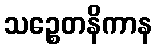
သဉ္စေတနိကာန